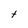
Character: t